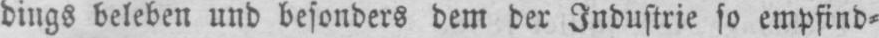
dings beleben und besonders dem der Industrie so empfind⸗